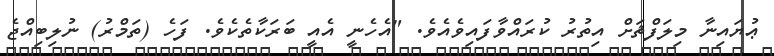
ޢުޔައިނާ މިލަފްޡަށް އިތުރު ކުރައްވާފައިވެއެވެ. "އެހެނީ އެއީ ބަރަކާތެކެވެ. ފަހެ (ތަމްރު) ނުލިބިއްޖެ